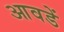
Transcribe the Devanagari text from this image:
आवडें